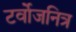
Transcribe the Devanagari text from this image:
टर्वोजनित्र